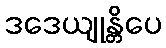
ဒဒေယျုန္တိပေ